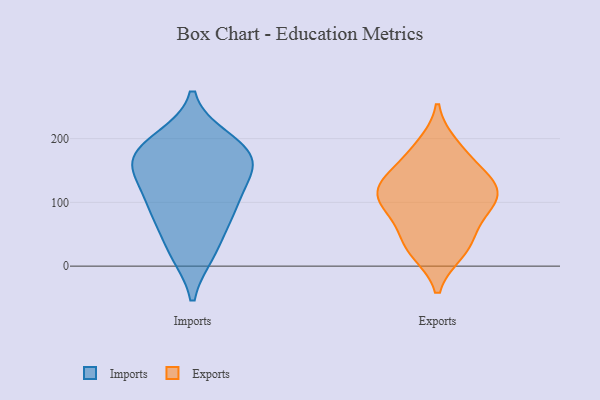
{"axis": {"x": "Demand Index", "y": "Value"}, "legend": ["Exports", "Imports"], "data": [{"x": "", "y": 175, "type": "Imports"}, {"x": "", "y": 144, "type": "Imports"}, {"x": "", "y": 21, "type": "Imports"}, {"x": "", "y": 134, "type": "Imports"}, {"x": "", "y": 82, "type": "Imports"}, {"x": "", "y": 21, "type": "Imports"}, {"x": "", "y": 106, "type": "Imports"}, {"x": "", "y": 196, "type": "Imports"}, {"x": "", "y": 94, "type": "Imports"}, {"x": "", "y": 199, "type": "Imports"}, {"x": "", "y": 165, "type": "Imports"}, {"x": "", "y": 167, "type": "Imports"}, {"x": "", "y": 168, "type": "Imports"}, {"x": "", "y": 70, "type": "Imports"}, {"x": "", "y": 122, "type": "Exports"}, {"x": "", "y": 136, "type": "Exports"}, {"x": "", "y": 24, "type": "Exports"}, {"x": "", "y": 96, "type": "Exports"}, {"x": "", "y": 171, "type": "Exports"}, {"x": "", "y": 43, "type": "Exports"}, {"x": "", "y": 97, "type": "Exports"}, {"x": "", "y": 129, "type": "Exports"}, {"x": "", "y": 30, "type": "Exports"}, {"x": "", "y": 84, "type": "Exports"}, {"x": "", "y": 120, "type": "Exports"}, {"x": "", "y": 188, "type": "Exports"}]}